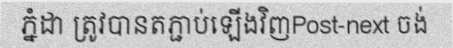
ភ្នំដា ត្រូវបានតភ្ជាប់ឡើងវិញPost-next ចង់